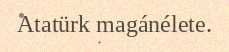
Atatürk magánélete.